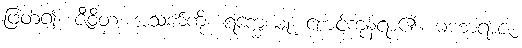
ဖြတ်၍။ ဇီဝိတံ၊ အသက်ကို။ ရက္ခေယျုံ၊ စောင့်ကုန်ရာ၏။ မဟာရာဇ၊